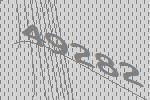
49282